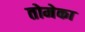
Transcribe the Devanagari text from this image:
तोमेका